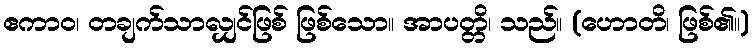
ဧကာဝ၊ တချက်သာလျှင်ဖြစ် ဖြစ်သော။ အာပတ္တိ၊ သည်။ (ဟောတိ၊ ဖြစ်၏။)